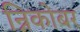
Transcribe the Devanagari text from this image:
न्निकोबर